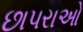
છાપરાઓ